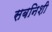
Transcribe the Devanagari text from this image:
सबनिशी